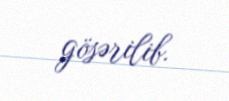
gösərilib.